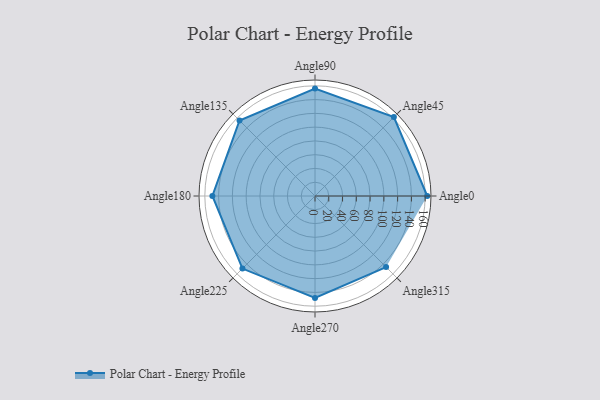
{"axis": {"x": "Angle", "y": "Radius"}, "legend": [""], "data": [{"x": "Angle0", "y": 163.0, "type": ""}, {"x": "Angle45", "y": 162.0, "type": ""}, {"x": "Angle90", "y": 156.0, "type": ""}, {"x": "Angle135", "y": 155.0, "type": ""}, {"x": "Angle180", "y": 149.0, "type": ""}, {"x": "Angle225", "y": 149.0, "type": ""}, {"x": "Angle270", "y": 148.0, "type": ""}, {"x": "Angle315", "y": 146.0, "type": ""}]}